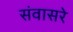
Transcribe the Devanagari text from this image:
संवासरे